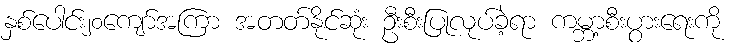
နှစ်ပေါင်း၂၀ကျော်အကြာ အတတ်နိုင်ဆုံး ဦးစီးပြုလုပ်ခဲ့ရာ ကမ္ဘာ့စီးပွားရေးကို